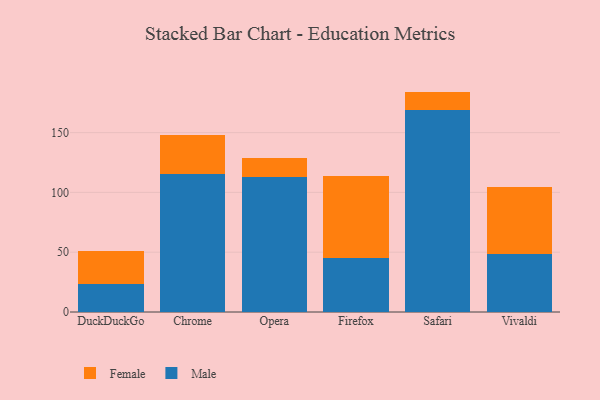
{"axis": {"x": "Browser", "y": "Revenue (USD Million)"}, "legend": ["Female", "Male"], "data": [{"x": "DuckDuckGo", "y": 23.7, "type": "Male"}, {"x": "DuckDuckGo", "y": 27.7, "type": "Female"}, {"x": "Chrome", "y": 115.0, "type": "Male"}, {"x": "Chrome", "y": 32.7, "type": "Female"}, {"x": "Opera", "y": 112.7, "type": "Male"}, {"x": "Opera", "y": 16.4, "type": "Female"}, {"x": "Firefox", "y": 45.5, "type": "Male"}, {"x": "Firefox", "y": 68.3, "type": "Female"}, {"x": "Safari", "y": 169.1, "type": "Male"}, {"x": "Safari", "y": 15.2, "type": "Female"}, {"x": "Vivaldi", "y": 48.8, "type": "Male"}, {"x": "Vivaldi", "y": 55.9, "type": "Female"}]}